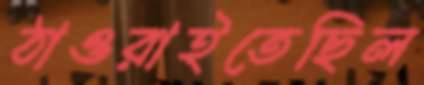
ঠাওরাইতেছিল